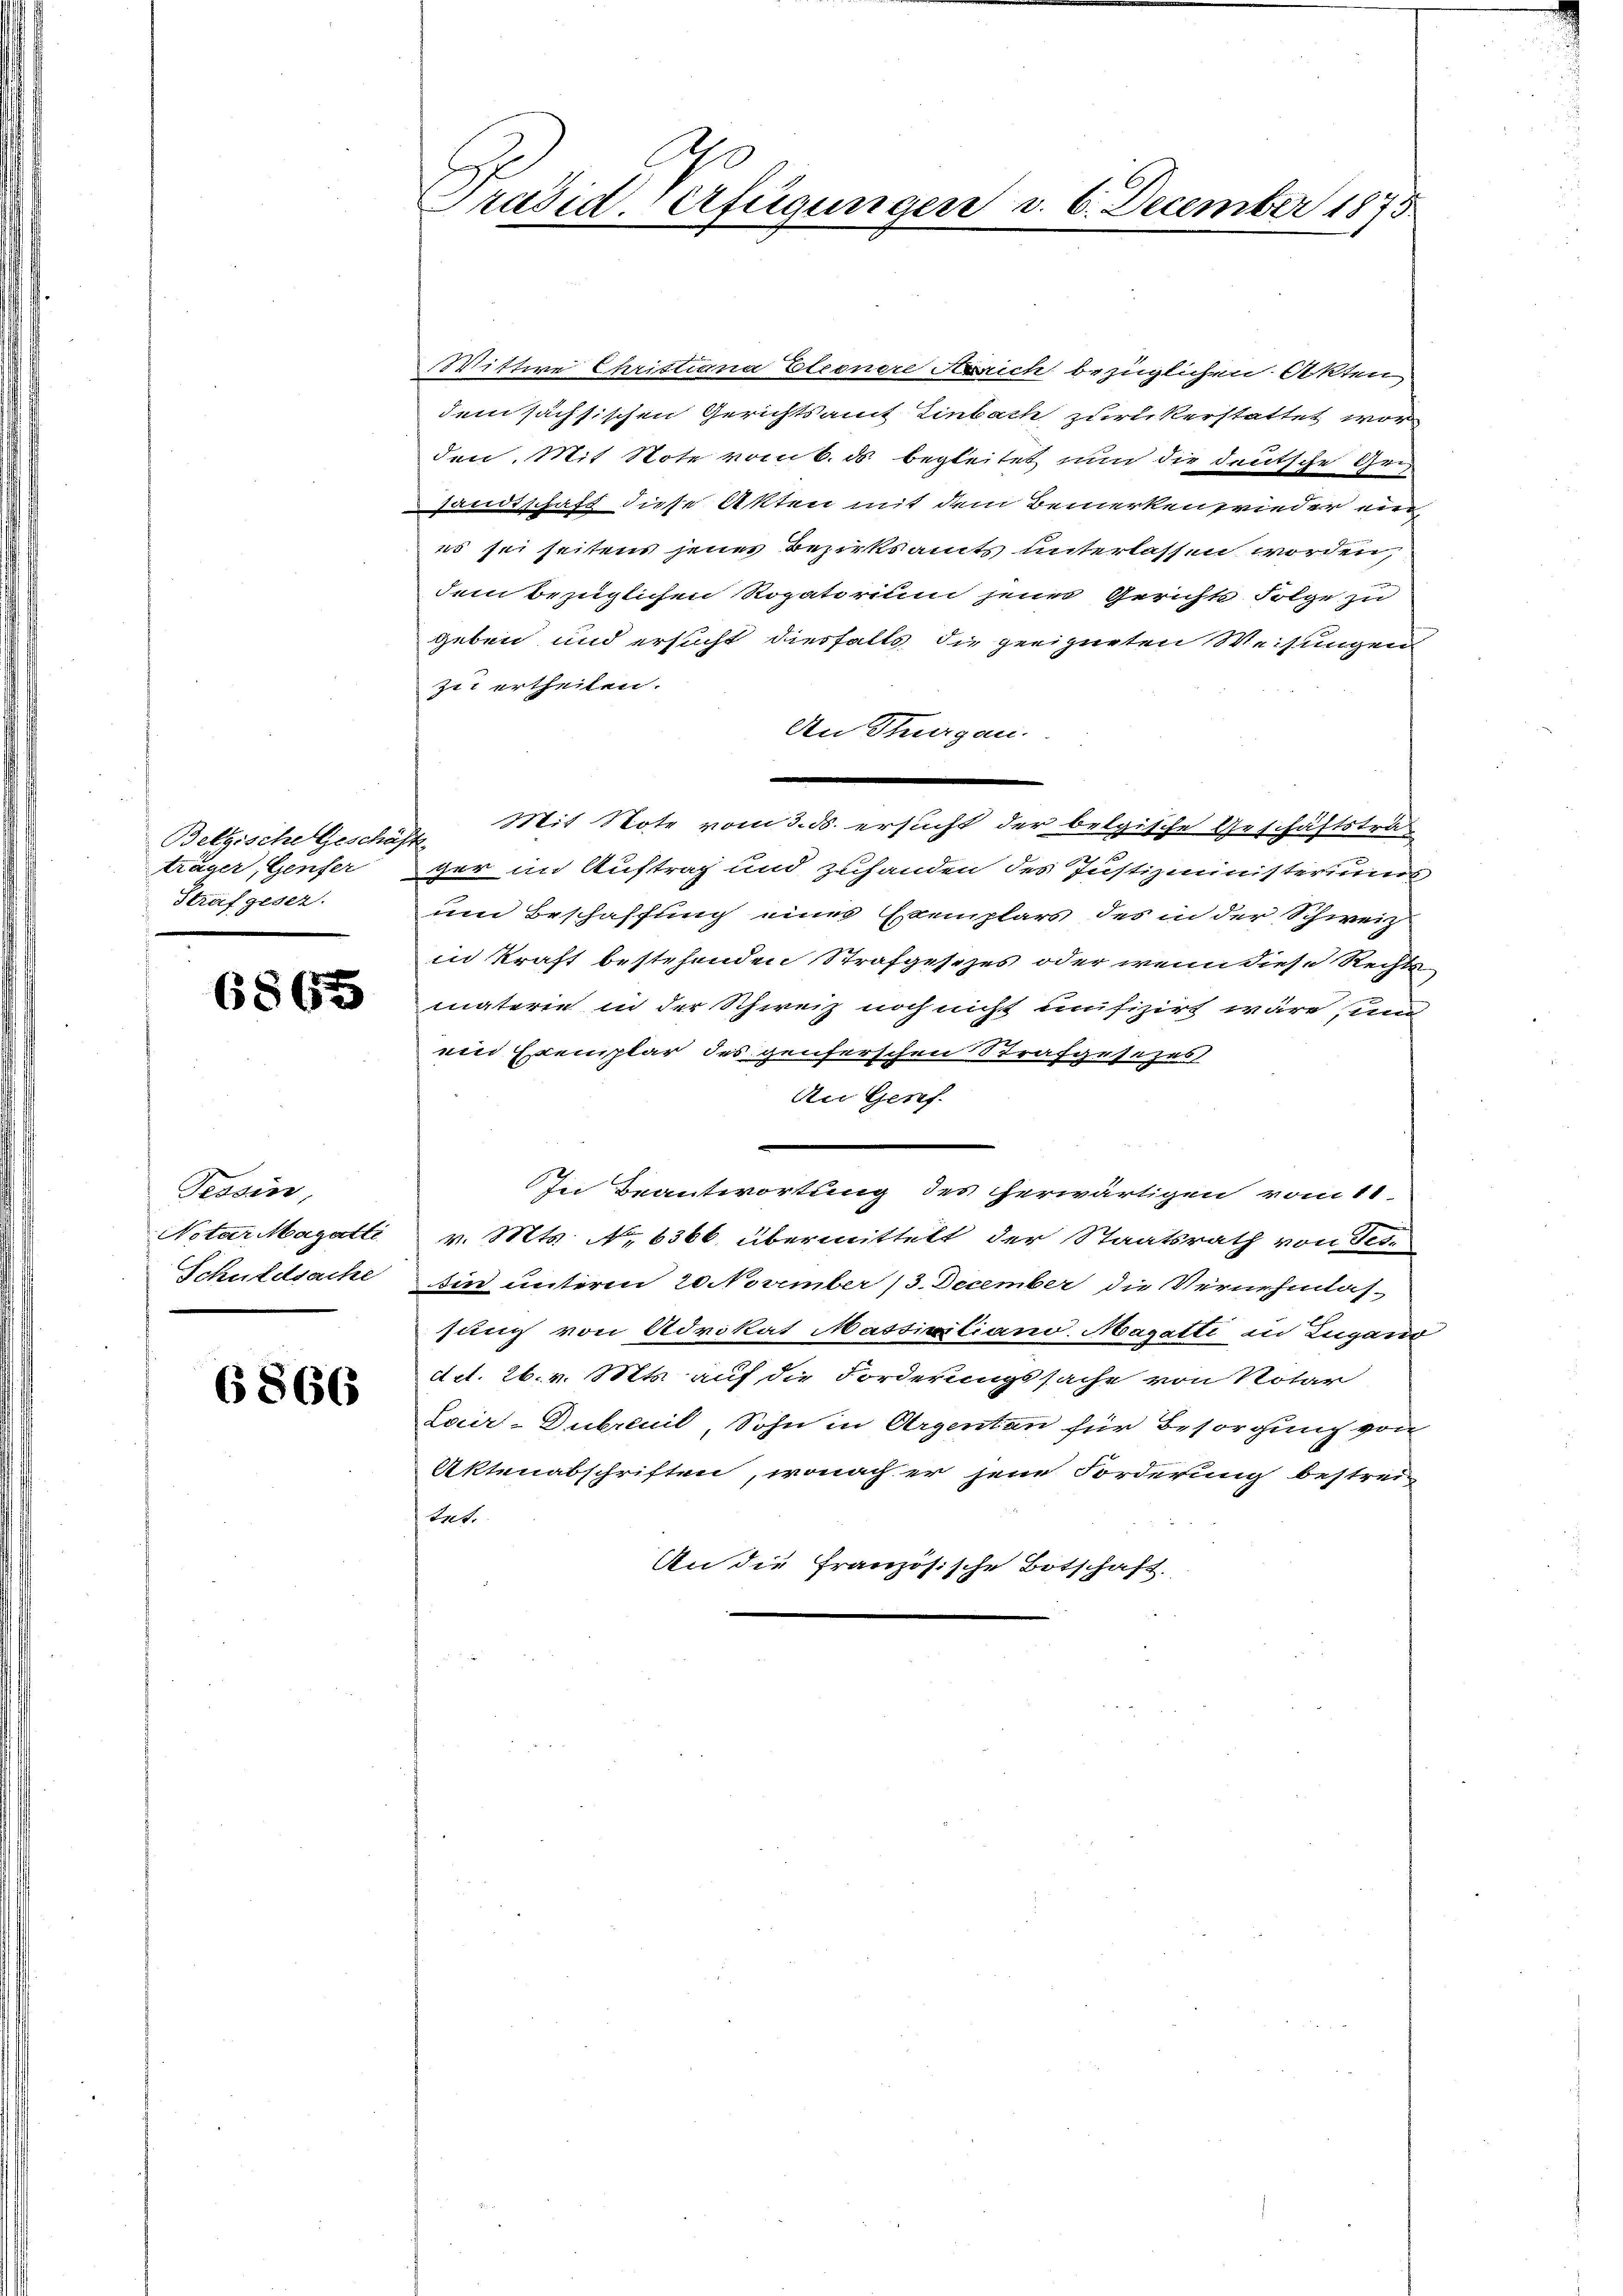
Belgische Geschäfte
träger, Genfer
Strafgesez.

6865

Tessin,
Schuldsache

6866

Prasid-Verfügungen v. 6. December 1873.

Wittwe Christiana Eleonere Anrich bezüglichen Akten
dem sächsischen Gerichtsamt Einbach zurückerstattet wor
den. Mit Note vom 6. ds. begleitet nun die deutsche Gru
sandtschaft diese Akten mit dem Bemerkenrieder ein
es sei seitens jenes Bezirksamts unterlassen worden,
dem bezüglichen Rogatorium jenes Gerichts Folge zu
geben und ersucht diesfalls die geeigneten Weisungens
zei ertheilen.
An Thurgau.
Mit Note vom 3. ds. ersucht der belgische Geschäftstra
ger in Auftrag und zuhanden des Justizministeriums
um Beschaffung eines Exemplars des in der Schweiz
in Kraft bestehenden Strafgesezes oder wenn diese Rechts
materie in der Schweiz noch nicht unfizirt wäre, und
uin Exemplar des genferschen Strafgesezes
Au Genf.
In Beantwortung des herwärtigen vom 11.
Notar Magatti v. Mts. No. 6366. übermittelt der Staatsrath von Tes-
ein unterm 20. November 13. December die Vernehmlassung von Advokat Massivitiano Magatti in Lugand
Act. 26. v. Mts. auf die Forderungssache von Notar
Lair-Dubreuil, Sohn in Argentan für Besorgung von
Aktenabschriften, wonach er jene Forderung bestreitat.
An die Französische Botschaft.